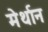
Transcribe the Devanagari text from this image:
मेर्थान